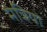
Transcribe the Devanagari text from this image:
मंत्रियो